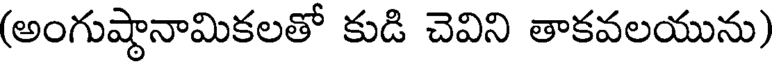
(అంగుష్థానామికలతో కుడి చెవిని తాకవలయును)